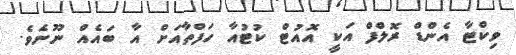
ވިކްޓާ އެންޑް ރޮލްފް އަކީ އޮއުޓް ކުޓުއާ ހަފްތާއަށް އާ ބައެއް ނޫނެވެ.